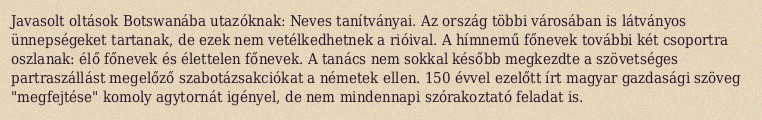
Javasolt oltások Botswanába utazóknak: Neves tanítványai. Az ország többi városában is látványos ünnepségeket tartanak, de ezek nem vetélkedhetnek a rióival. A hímnemű főnevek további két csoportra oszlanak: élő főnevek és élettelen főnevek. A tanács nem sokkal később megkezdte a szövetséges partraszállást megelőző szabotázsakciókat a németek ellen. 150 évvel ezelőtt írt magyar gazdasági szöveg "megfejtése" komoly agytornát igényel, de nem mindennapi szórakoztató feladat is.